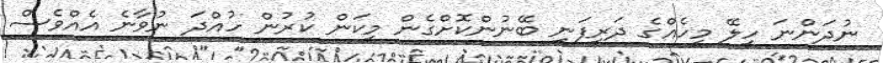
ނުދަންނަ ހިލޭ މީހެއްގެ ދަރިފަނި ބޭނުންކޮށްގެން މިކަން ކުރުން ހުއްދަ ނުވާނެ އެއްވެސް